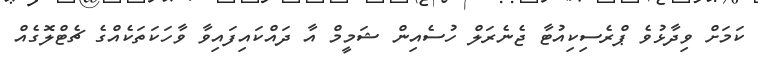
ކަމަށް ވިދާޅުވެ ޕްރެސިކިއުޓާ ޖެނެރަލް ހުސެއިން ޝަމީމް އާ ދައްކައިފައިވާ ވާހަކަތަކެއްގެ ޗެޓްލޮގެއް